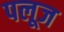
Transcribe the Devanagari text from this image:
पलूज